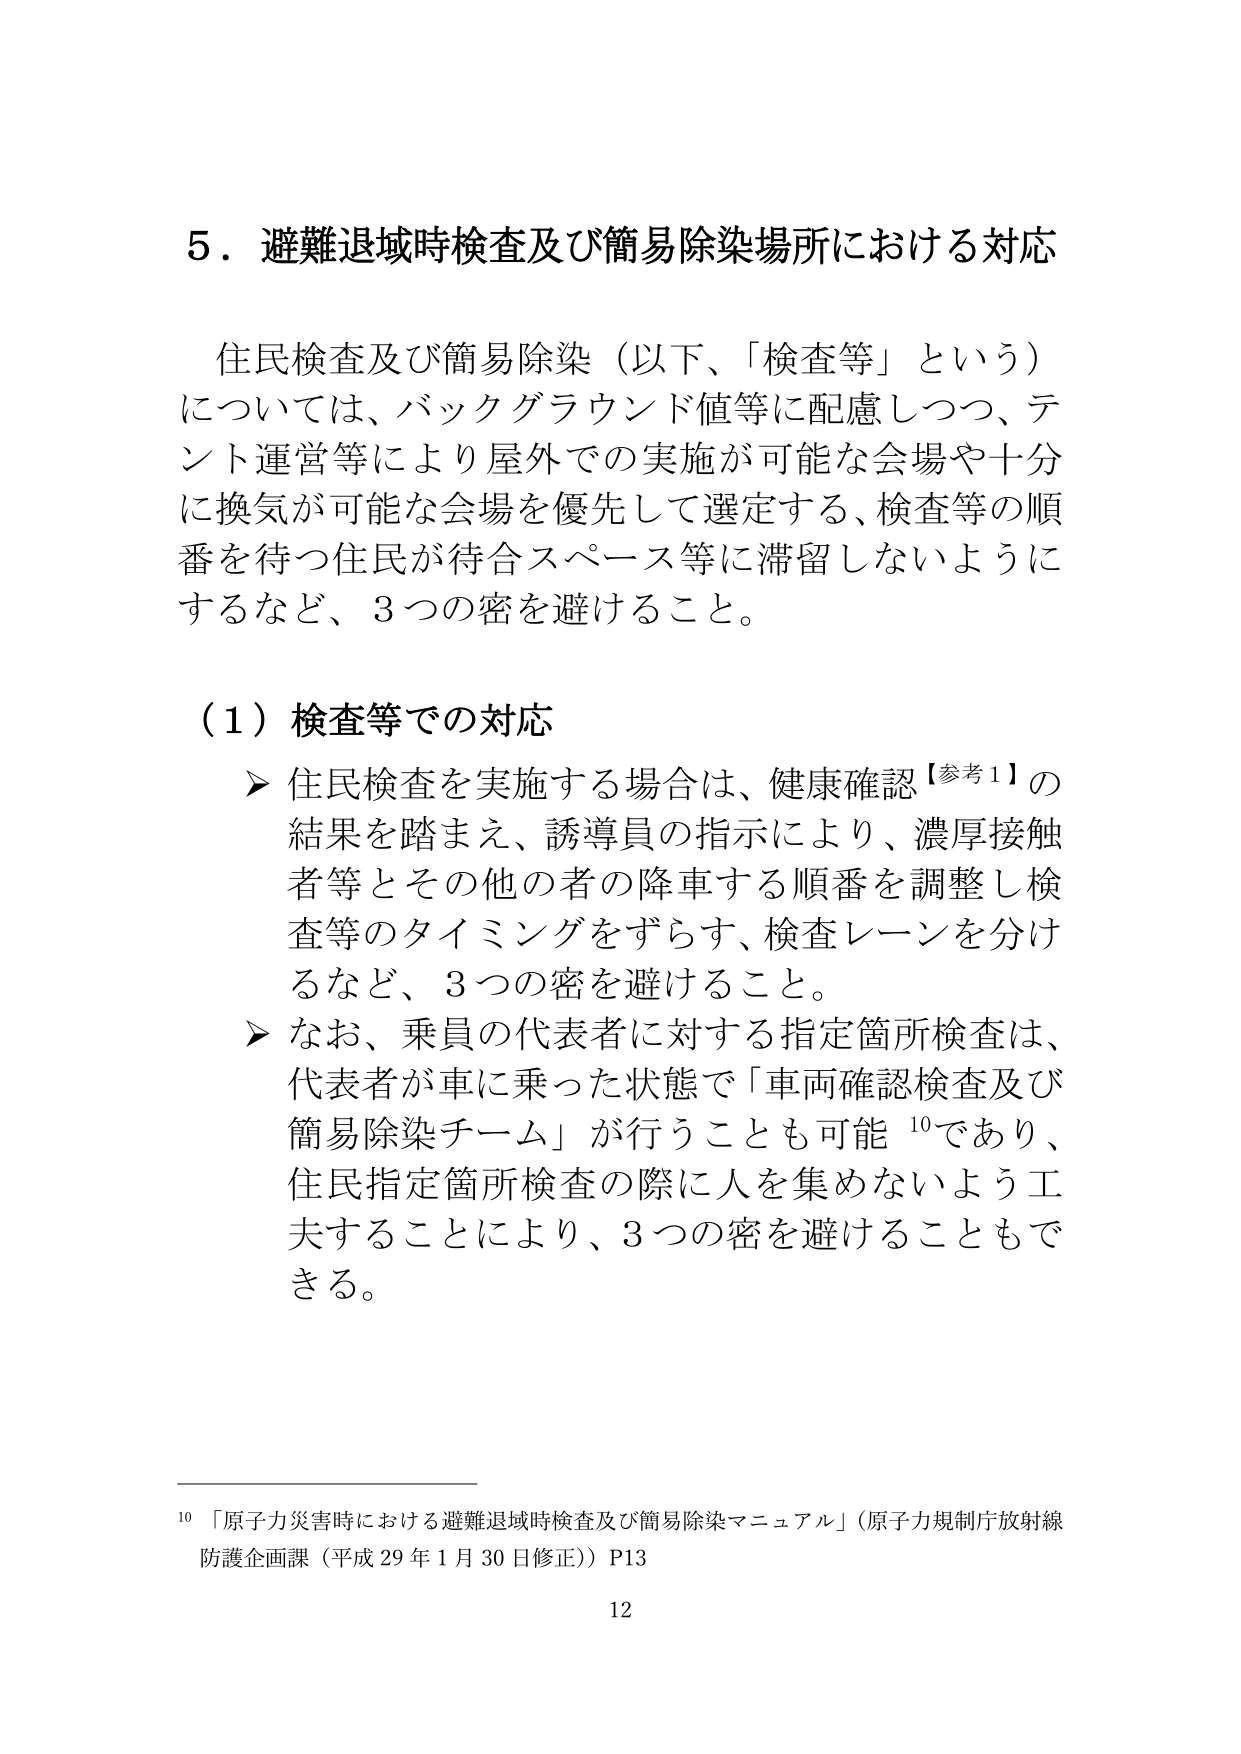
5．避難退域時検査及び簡易除染場所における対応

住民検査及び簡易除染（以下、「検査等」という）については、バックグラウンド値等に配慮しつつ、テント運営等により屋外での実施が可能な会場や十分に換気が可能な会場を優先して選定する、検査等の順番を待つ住民が待合スペース等に滞留しないようにするなど、3つの密を避けること。

（1）検査等での対応
➤ 住民検査を実施する場合は、健康確認【参考1】の結果を踏まえ、誘導員の指示により、濃厚接触者等とその他の者の降車する順番を調整し検査等のタイミングをずらす、検査レーンを分けるなど、3つの密を避けること。
➤ なお、乗員の代表者に対する指定箇所検査は、代表者が車に乗った状態で「車両確認検査及び簡易除染チーム」が行うことも可能¹⁰であり、住民指定箇所検査の際に人を集めないよう工夫することにより、3つの密を避けることもできる。

¹⁰「原子力災害時における避難退域時検査及び簡易除染マニュアル」（原子力規制庁放射線防護企画課（平成29年1月30日修正））P13

12